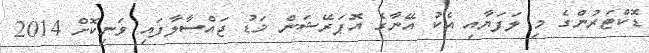
ޑޮކްޓަރުންގެ މި ލަފަޔާއި އެކު އޭނާގެ އޮޕަރޭޝަން މަޑު ޖައްސާލާފައި ވަނިކޮށް 2014